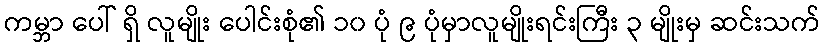
ကမ္ဘာ ပေါ် ရှိ လူမျိုး ပေါင်းစုံ၏ ၁၀ ပုံ ၉ ပုံမှာလူမျိုးရင်းကြီး ၃ မျိုးမှ ဆင်းသက်